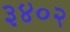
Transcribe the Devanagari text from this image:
३४०२